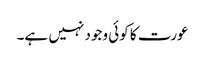
عورت کا کوئی وجود نہیں ہے۔